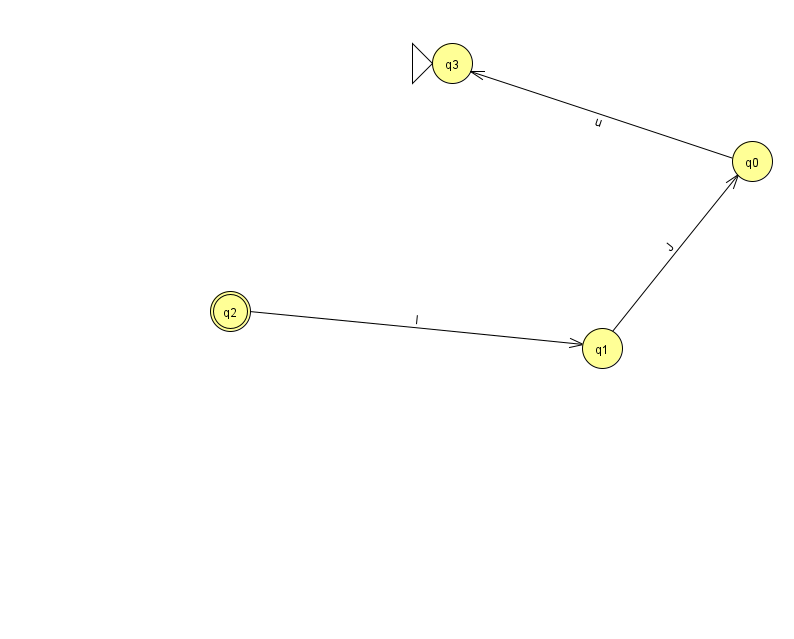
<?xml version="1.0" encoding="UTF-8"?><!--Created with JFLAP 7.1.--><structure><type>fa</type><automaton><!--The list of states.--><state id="0" name="q0"><x>752.0</x><y>148.0</y></state><state id="1" name="q1"><x>602.0</x><y>335.0</y></state><state id="2" name="q2"><x>230.0</x><y>298.0</y><final/></state><state id="3" name="q3"><x>452.0</x><y>50.0</y><initial/></state><!--The list of transitions.--><transition><from>1</from><to>0</to><read>J</read></transition><transition><from>2</from><to>1</to><read>I</read></transition><transition><from>0</from><to>3</to><read>u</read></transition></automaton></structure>